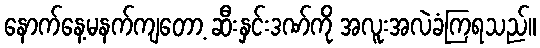
နောက်နေ့မနက်ကျတော့ ဆီးနှင်းဒဏ်ကို အလူးအလဲခံကြရသည်။